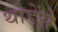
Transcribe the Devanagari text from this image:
थोडेंसे